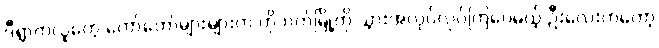
ဒီရွာကလူတွေ တော်တော်များများက ဟိုဘက်မြို့ကို သွားအလုပ်လုပ်ကြပေမယ့် ဦးလေးကတော့